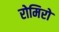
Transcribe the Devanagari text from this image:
रोमिरो